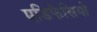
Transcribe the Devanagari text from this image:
एडिफैसियो